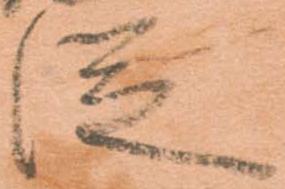
従